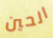
الحين